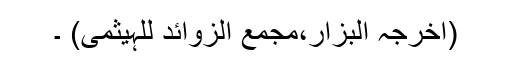
(اخرجہ البزار،مجمع الزوائد للہیثمی) ۔